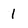
Character: 1